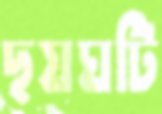
ছয়ঘটি